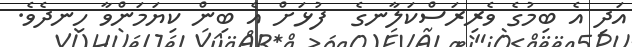
އަދި އެ ބިމުގެ ވެރިރަސްކަލާނގެ  ފުޅަށް އެ ބިން ކިޔަމަންވާ ހިނދެވެ.